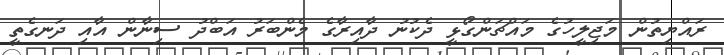
ރައްޔިތުން މަޖިލީހުގެ މައްޗަންގޯޅީ ދެކުނު ދާއިރާގެ މެންބަރު އަބްދު ސިނާން އާއި ދަނގެތީ